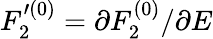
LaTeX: F_{2}^{\prime(0)}=\partial F_{2}^{(0)}/\partial E